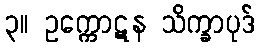
၃။ ဥက္ကောဋန သိက္ခာပုဒ်